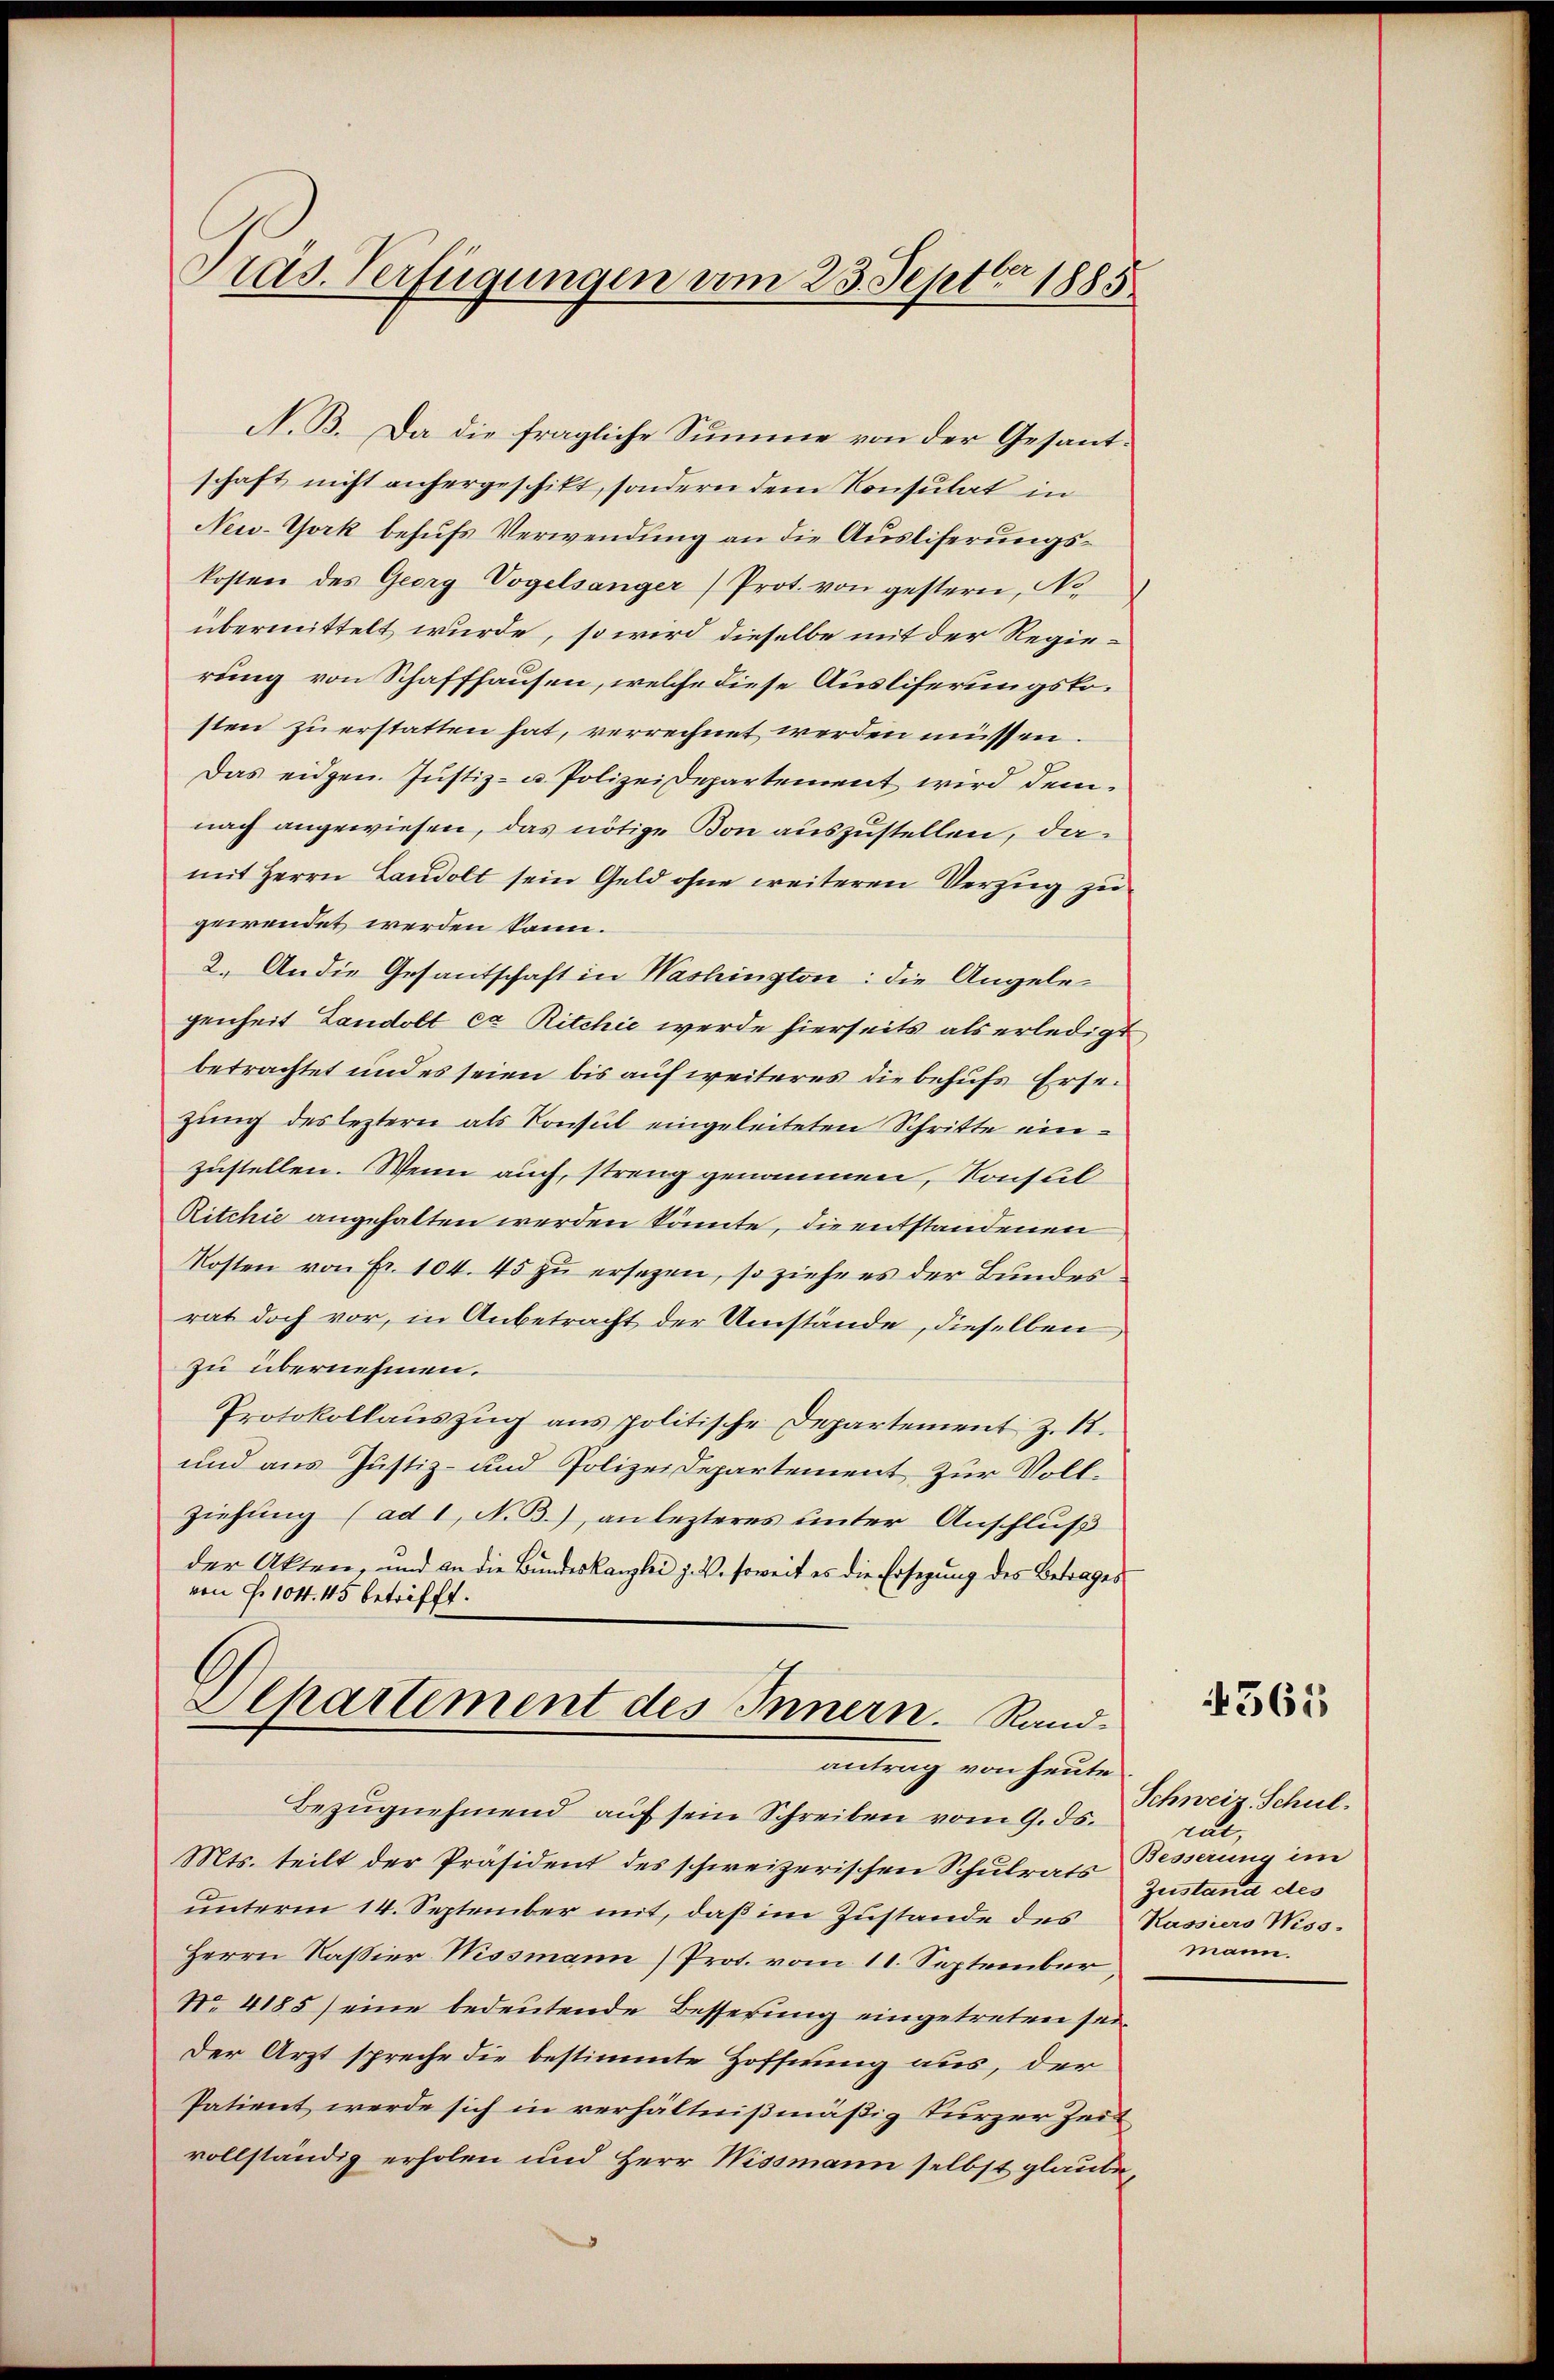
Pras. Verfügungen vom 23. Septbr. 1885

N. B. Da die fragliche Summe von der Gesantschaft nicht anhergeschikt, sondern dem Konsulat in
New-York behufs Verwendung an die Ausliferungskosten des Georg Vogelsanger) Prot. von gestern, No.
übermittelt wurde, so wird dieselbe mit der Regierung von Schaffhausen, welche diese Ausliferungskosten zu erstatten hat, verrechnet werden müssen.
Das eidgen. Justiz- u. Polizeidepartement wird dem
nach angewiesen, das nötige Bon auszustellen, damit Herrn Landolt sein Geld ohne weiteren Verzug zu
gewendet werden kann.
2. An die Gesantschaft in Washington: die Angelegenheit Landolt ca Ritchić werde hierseits als erledigt
betrachtet und es seien bis auf weiteres die behufs Ersezung des leztern als Konsul eingeleiteten Schritte einzustellen. Wenn auch, streng genommen, Konsul
Ritchie angehalten werden könnte, die entstandenen
Kosten von Fr. 104. 45 zu ersezen, so ziehe es der Bundesrat doch vor, in Anbetracht der Umstände, dieselben
zu übernehmen.
Protokollauszug aus politische Departement z. 1.
und aus Justiz- und Polizeidepartement zur Vollziehung (ad 1, N. B.), an lezteres unter Anschluß
der Akten und an die Bundeskanzlei z. B. soweit es die Ersezung des Betrages
von Fr. 104. 45 betrifft.
Departement des Innern. Rand¬

antrag von heute

Bezŭgnehmend auf sein Schreiben vom 9. ds.
Mts. teilt der Präsident des schweizerischen Schulrats Besserung im
unterm 14. September mit, daß im Zustande des Kassiers Wiss
Herrn Kassier Nissmann) Prot. vom 11. September,
No. 4185) eine bedeutende Besserung eingetreten sei.
Der Arzt spreche die bestimmte Hoffnung aus, der
Patient werde sich in verhältnißmäßig kurzer Zeit
vollständig erholen und Herr Wissmann selbst glaube,

365

Schweiz Schul-
rat
Zustand des
mann.